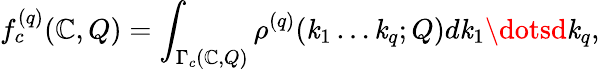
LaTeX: f_{c}^{(q)}(\mathbb{C},Q)=\int_{\Gamma_{c}(\mathbb{C},Q)}\rho^{(q)}(\mathit{k}_{1}\dots\mathit{k}_{q};Q)d\mathit{k}_{1}\dotsd\mathit{k}_{q},